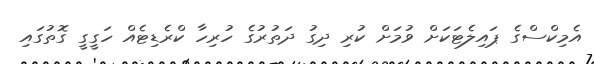
އެމިކްސްގެ ޕައިލެޓަކަށް ވުމަށް ކުރި ދިގު ދަތުރުގެ ހުރިހާ ކްރެޑިޓެއް ހަގީގީ ގޮތުގައި